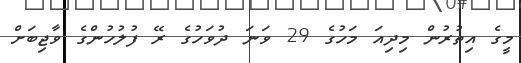
މީގެ އިތުރުން މިދިއަ މަހުގެ 29 ވަނަ ދުވަހުގެ ރޭ ފުލުހުންގެ ވާޖިބަށް